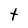
Character: t